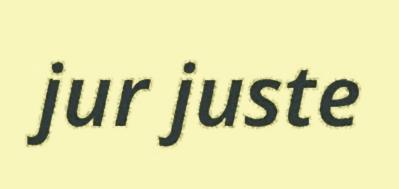
jur juste